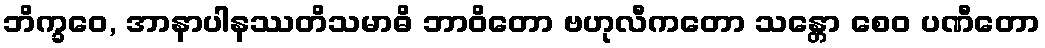
ဘိက္ခဝေ, အာနာပါနဿတိသမာဓိ ဘာဝိတော ဗဟုလီကတော သန္တော စေဝ ပဏီတော